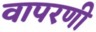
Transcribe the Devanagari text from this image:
वापरणी